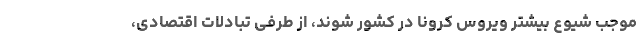
موجب شیوع بیشتر ویروس کرونا در کشور شوند، از طرفی تبادلات اقتصادی،